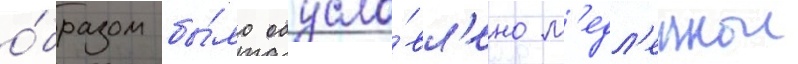
о́бразом бы́ло обусло́вл'ено м'едл'еннои